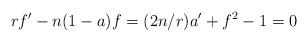
LaTeX: \begin{align*}rf^ \prime - n (1-a) f = (2n/r) a ^ \prime + f^2 - 1 = 0\end{align*}